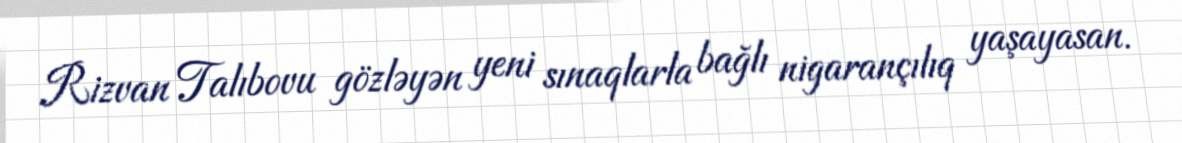
Rizvan Talıbovu gözləyən yeni sınaqlarla bağlı nigarançılıq yaşayasan.